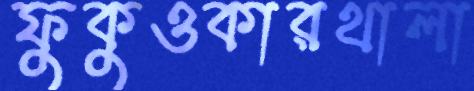
ফুকুওকারথালা